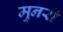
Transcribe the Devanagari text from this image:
मुनरों